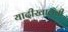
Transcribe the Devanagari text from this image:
यादीखालची